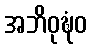
အဘိဝုဍ္ဎံဝ